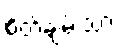
စိတ်ချမ်းသာ